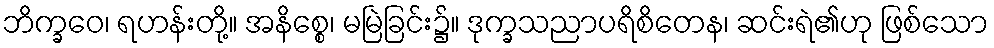
ဘိက္ခဝေ၊ ရဟန်းတို့။ အနိစ္စေ၊ မမြဲခြင်း၌။ ဒုက္ခသညာပရိစိတေန၊ ဆင်းရဲ၏ဟု ဖြစ်သော